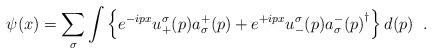
LaTeX: \begin{align*}\psi(x)=\sum_\sigma\int\left\{e^{-ipx}u^\sigma_+(p)a^+_\sigma(p)+e^{+ipx}u^\sigma_-(p){a^-_\sigma(p)}^\dagger\right\}d(p)\;\;.\end{align*}